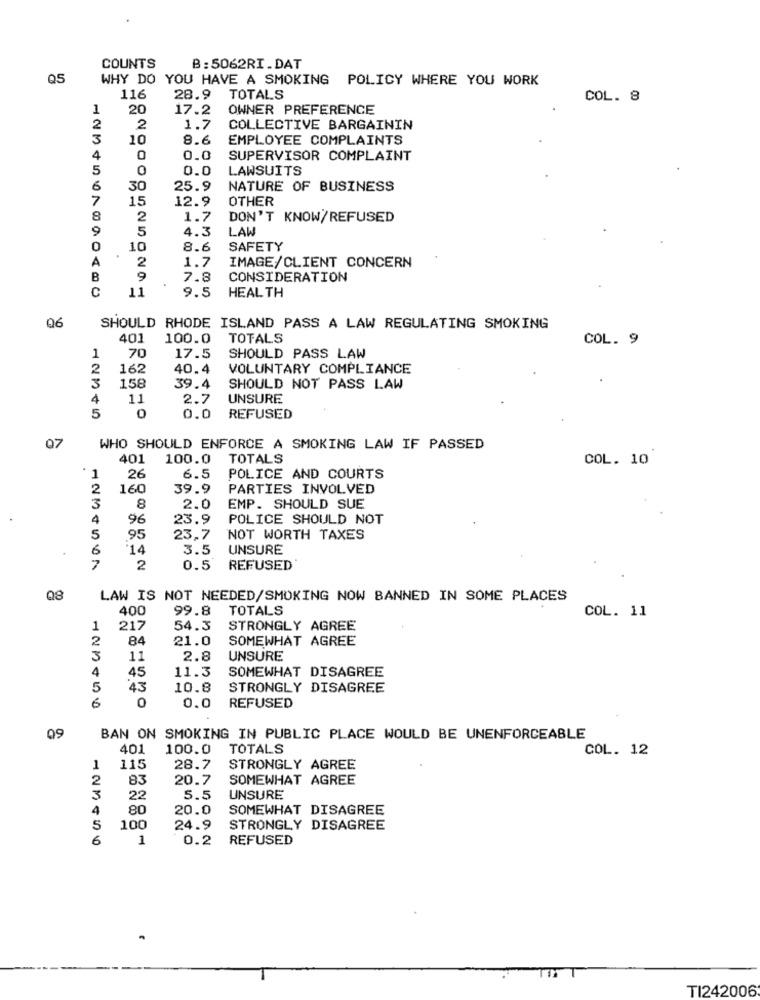
COUNTS
B: 5062RI.DAT
Q5
WHY DO YOU HAVE A SMOKING POLICY WHERE YOU WORK
116
28.9
TOTALS
COL. 8
20
17.2
OWNER PREFERENCE
2
2
1.7
COLLECTIVE BARGAININ
3
10
8.6
EMPLOYEE COMPLAINTS
4
0
0.0
SUPERVISOR COMPLAINT
5
0
0.0
LAWSUITS
6
30
25.9
NATURE OF BUSINESS
7
15
12.9
OTHER
8
2
1.7
DON'T KNOW/REFUSED
9
5
4.3
LAW
0
10
8.6
SAFETY
A
1.7
2
IMAGE/CLIENT CONCERN
B
7.8
CONSIDERATION
C
11
9.5
HEALTH
06
SHOULD RHODE ISLAND PASS A LAW REGULATING SMOKING
401
100.0
TOTALS
COL. 9
70
1
17.5
SHOULD PASS LAW
2
162
40.4
VOLUNTARY COMPLIANCE
3
158
39.4
SHOULD NOT PASS LAW
4
11
2.7
UNSURE
5
0
0.0
REFUSED
07
WHO SHOULD ENFORCE A SMOKING LAW IF PASSED
401
100.0
TOTALS
COL. 10
26
1
6.5
POLICE AND COURTS
2
160
39.9
PARTIES INVOLVED
3
8
2.0
EMP. SHOULD SUE
4
96
23.9
POLICE SHOULD NOT
5
95
23,7
NOT WORTH TAXES
6
14
3.5
UNSURE
7
2
0.5
REFUSED
08
LAW IS NOT NEEDED/SMOKING NOW BANNED IN SOME PLACES
400
99.8
TOTALS
COL. 11
1
217
54.3
STRONGLY AGREE
2
84
21.0
SOMEWHAT AGREE
3
11
2.8
UNSURE
11.3
SOMEWHAT DISAGREE
4
45
5
43
10.8
STRONGLY DISAGREE
6
0.0
REFUSED
09
BAN ON SMOKING IN PUBLIC PLACE WOULD BE UNENFORCEABLE
401
100.0
TOTALS
COL. 12
1
115
28.7
STRONGLY AGREE
2
83
20.7
SOMEWHAT AGREE
3
22
5.5
UNSURE
4
80
20.0
SOMEWHAT DISAGREE
5
100
24.9
STRONGLY DISAGREE
6
1
0.2
REFUSED
TI242006